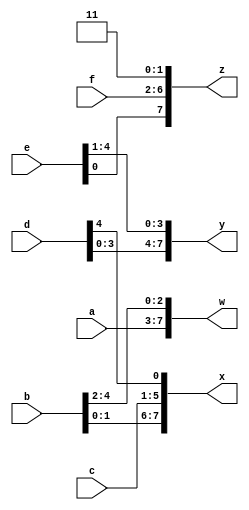
module top_module (
    input [4:0] a, b, c, d, e, f,
    output [7:0] w, x, y, z );//
	//Concatenation needs to know the width of every component (or how would you know the length of the result?). 
    //Thus, {1, 2, 3} is illegal and results in the error message: unsized constants are not allowed in concatenations.
	//The concatenation operator can be used on both the left and right sides of assignments.
    
    wire [31:0] concat_reg; //raise an error when work with reg. Reason unknown???
    assign concat_reg = {a[4:0], b[4:0], c[4:0], d[4:0], e[4:0], f[4:0], 2'b11};
    assign w = concat_reg[31:24];
    assign x = concat_reg[23:16];
    assign y = concat_reg[15:8];
    assign z = concat_reg[7:0];

endmodule